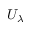
U _ { \lambda }